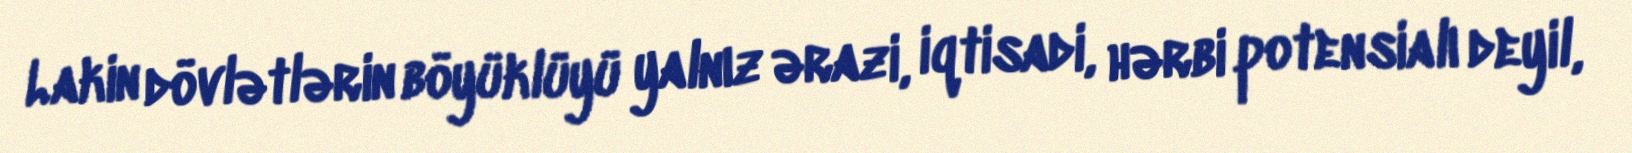
Lakin dövlətlərin böyüklüyü yalnız ərazi, iqtisadi, hərbi potensialı deyil,